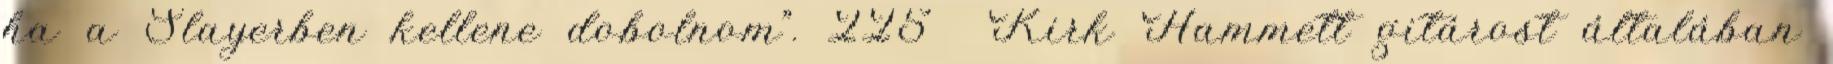
ha a Slayerben kellene dobolnom”. 225 Kirk Hammett gitárost általában